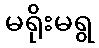
မရိုးမရွ